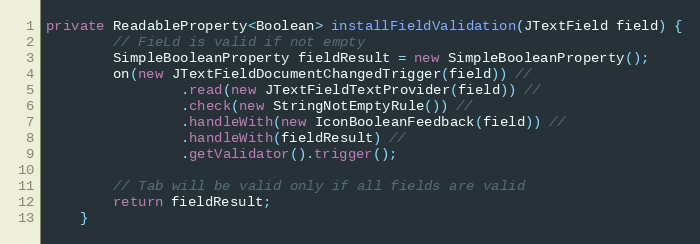
Language: Java
private ReadableProperty<Boolean> installFieldValidation(JTextField field) {
        // FieLd is valid if not empty
        SimpleBooleanProperty fieldResult = new SimpleBooleanProperty();
        on(new JTextFieldDocumentChangedTrigger(field)) //
                .read(new JTextFieldTextProvider(field)) //
                .check(new StringNotEmptyRule()) //
                .handleWith(new IconBooleanFeedback(field)) //
                .handleWith(fieldResult) //
                .getValidator().trigger();

        // Tab will be valid only if all fields are valid
        return fieldResult;
    }